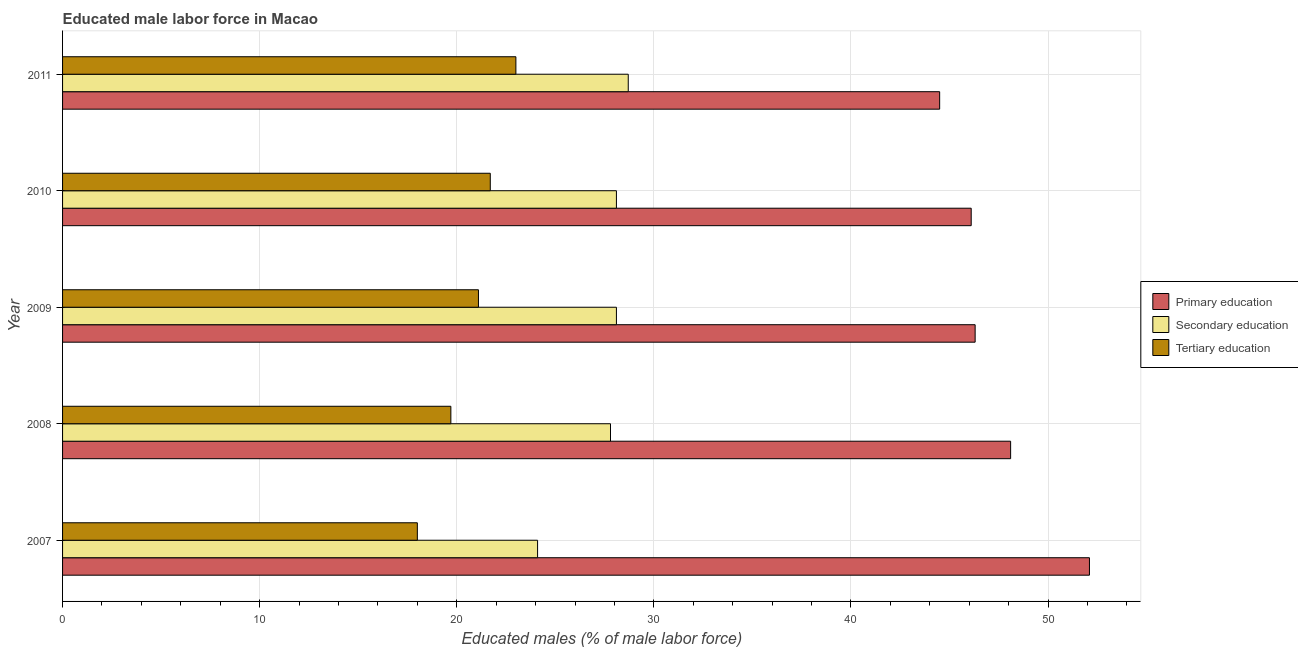
| Year | Primary education | Secondary education | Tertiary education |
 | --- | --- | --- | --- |
 | 2007 | 52.1 | 24.1 | 18 |
 | 2008 | 48.1 | 27.8 | 19.7 |
 | 2009 | 46.3 | 28.1 | 21.1 |
 | 2010 | 46.1 | 28.1 | 21.7 |
 | 2011 | 44.5 | 28.7 | 23 |